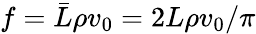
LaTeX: f=\bar{L}\rho v_{0}=2L\rho v_{0}/\pi